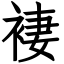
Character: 褄